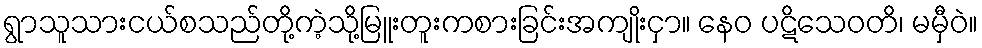
ရွာသူသားငယ်စသည်တို့ကဲ့သို့မြူးတူးကစားခြင်းအကျိုးငှာ။ နေဝ ပဋိသေဝတိ၊ မမှီဝဲ။